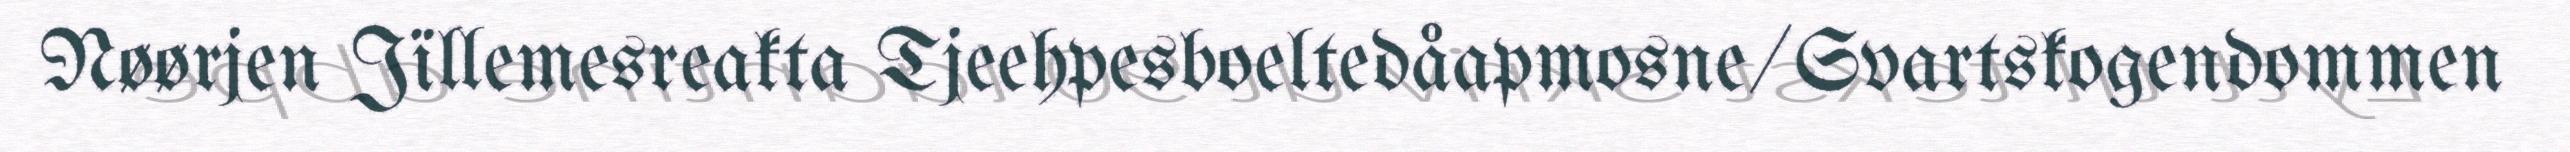
Nøørjen Jïllemesreakta Tjeehpesboeltedåapmosne/Svartskogendommen